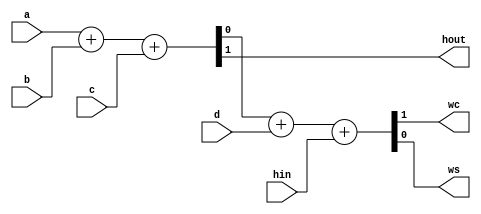
`timescale 1ns / 1ps
//////////////////////////////////////////////////////////////////////////////////
// Company: 
// Engineer: 
// 
// Design Name: 
// Module Name:    CarrySaveAdder 
// Project Name: 
// Target Devices: 
// Tool versions: 
// Description: 
//
// Dependencies: 
//
// Revision: 
// Revision 0.01 - File Created
// Additional Comments: 
//
//////////////////////////////////////////////////////////////////////////////////
module CarrySaveAdder(a,b,c,d,hin,hout,wc,ws);
	input a,b,c,d,hin;
	output hout,wc,ws;
	
	//wire a1,b1,cin1,
	wire cout1,s1;
	wire a2,b2,cin2,cout2,s2;
//	
//	assign a1=a;
//	assign b1=b;
//	assign cin1=c;
	
	assign {cout1,s1} = a + b + c;
	assign hout = cout1;
	
	assign a2 = s1;
	assign b2 = d;
	assign cin2 = hin;
	
	assign {cout2,s2} = a2 + b2 + cin2;
	assign wc = cout2;
	assign ws = s2;

endmodule